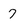
Character: 7